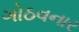
ગોઠવનાર